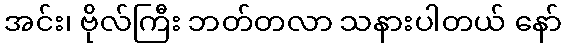
အင်း၊ ဗိုလ်ကြီး ဘတ်တလာ သနားပါတယ် နော်